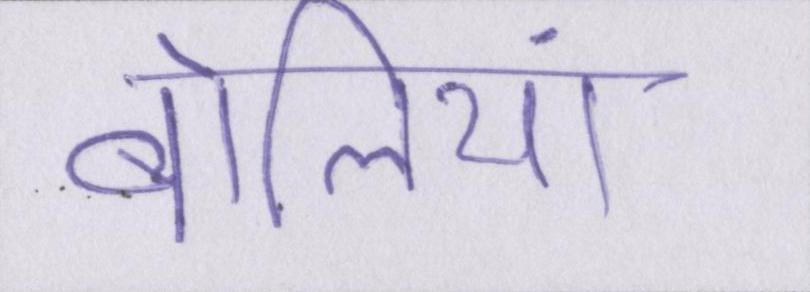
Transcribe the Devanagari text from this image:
बोलियां